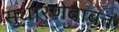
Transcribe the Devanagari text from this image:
सुधारणेबाबत